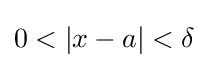
0<\left|x-a\right|<\delta